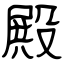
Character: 殿